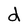
Character: d